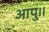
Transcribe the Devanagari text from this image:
आपु।।